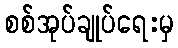
စစ်အုပ်ချုပ်ရေးမှ